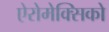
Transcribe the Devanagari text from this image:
ऐरोमेक्सिको